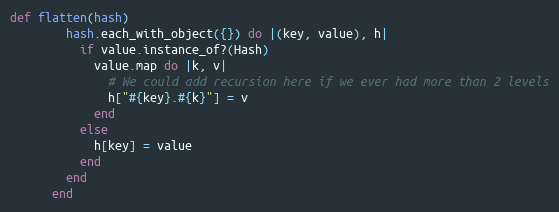
Language: Ruby
def flatten(hash)
        hash.each_with_object({}) do |(key, value), h|
          if value.instance_of?(Hash)
            value.map do |k, v|
              # We could add recursion here if we ever had more than 2 levels
              h["#{key}.#{k}"] = v
            end
          else
            h[key] = value
          end
        end
      end